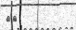
٧٣